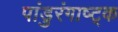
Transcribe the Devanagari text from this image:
पांडुरंगाष्ट्क